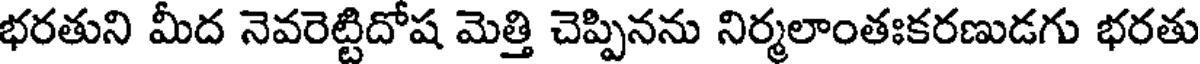
భరతుని మీద నెవరెట్టిదోష మెత్తి చెప్పినను నిర్మలాంతఃకరణుడగు భరతు